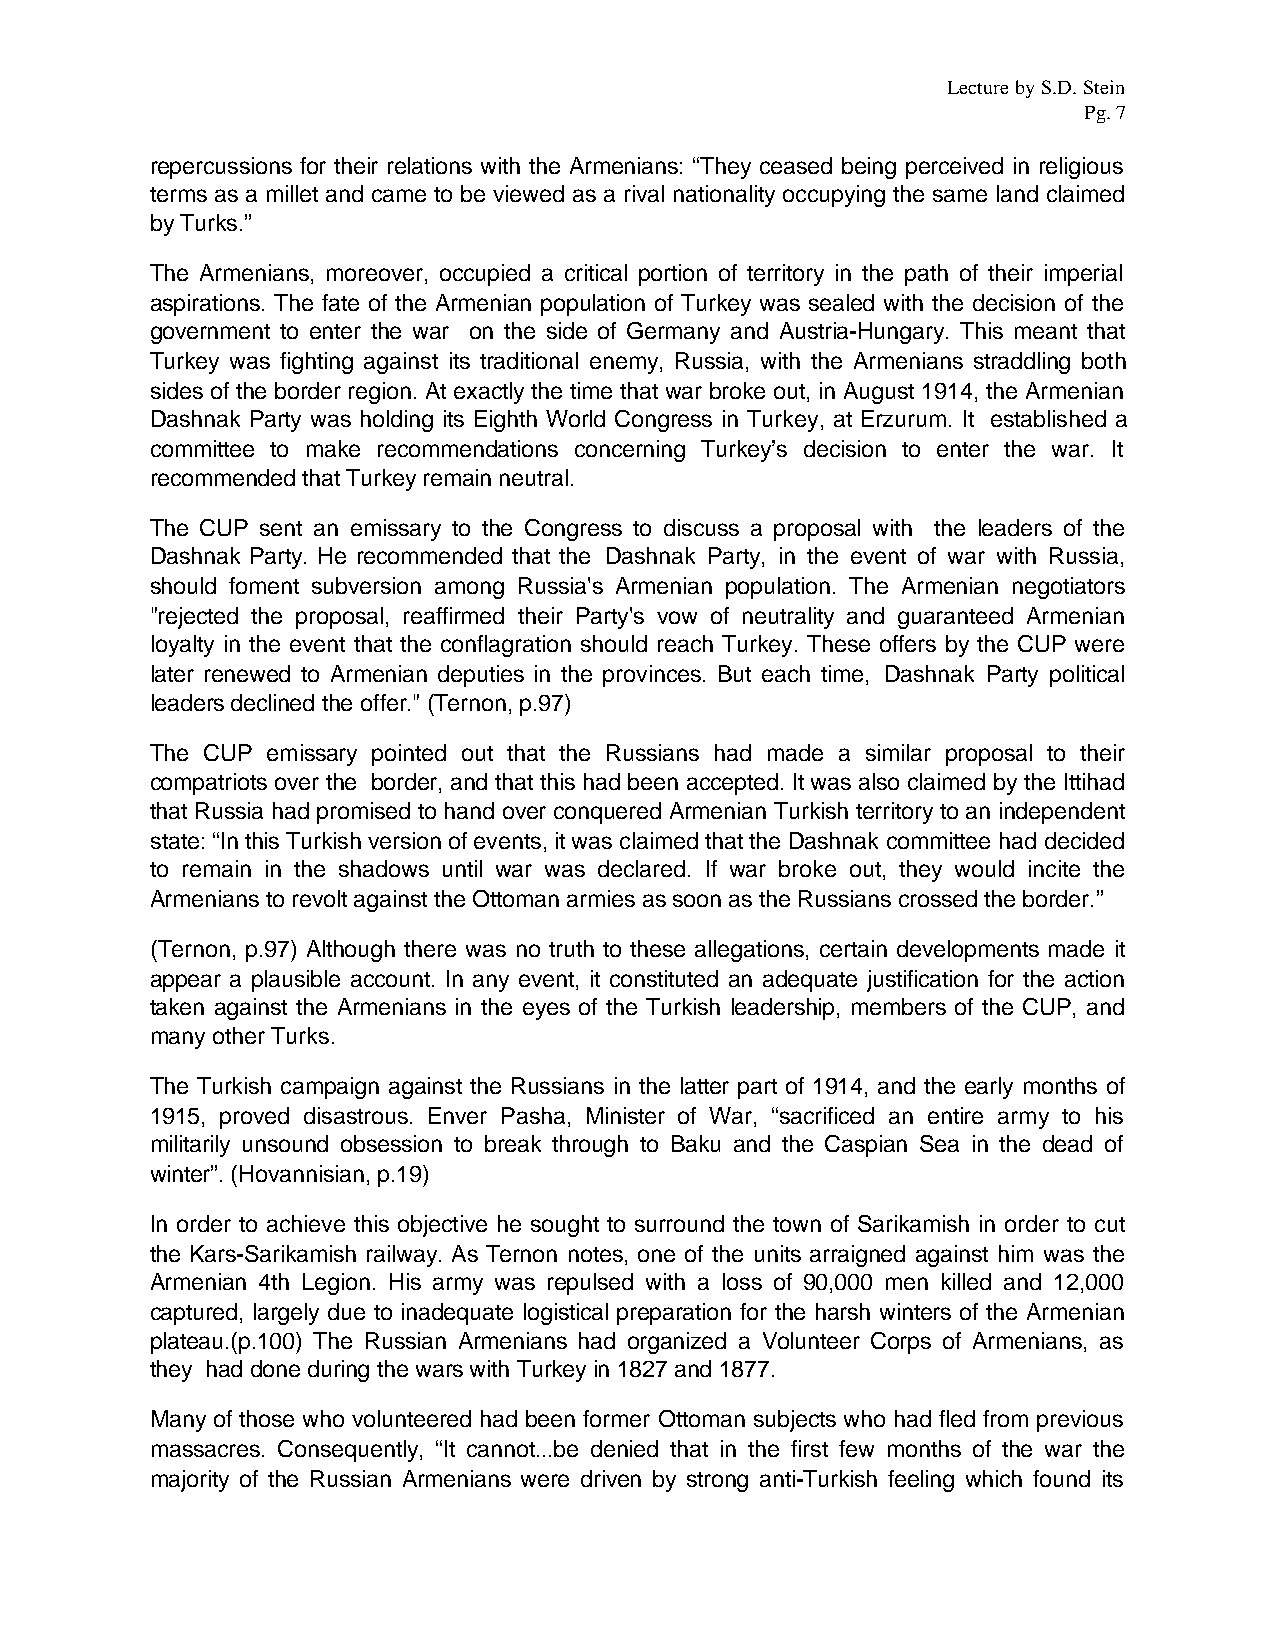
Lecture by S.D. Stein
 Pg. 7
 repercussions for their relations with the Armenians: “They ceased being perceived in religious
 terms as a millet and came to be viewed as a rival nationality occupying the same land claimed
 by Turks.”
 The Armenians, moreover, occupied a critical portion of territory in the path of their imperial
 aspirations. The fate of the Armenian population of Turkey was sealed with the decision of the
 government to enter the war on the side of Germany and Austria-Hungary. This meant that
 Turkey was fighting against its traditional enemy, Russia, with the Armenians straddling both
 sides of the border region. At exactly the time that war broke out, in August 1914, the Armenian
 Dashnak Party was holding its Eighth World Congress in Turkey, at Erzurum. It established a
 committee to make recommendations concerning Turkey’s decision to enter the war. It
 recommended that Turkey remain neutral.
 The CUP sent an emissary to the Congress to discuss a proposal with the leaders of the
 Dashnak Party. He recommended that the Dashnak Party, in the event of war with Russia,
 should foment subversion among Russia's Armenian population. The Armenian negotiators
 "rejected the proposal, reaffirmed their Party's vow of neutrality and guaranteed Armenian
 loyalty in the event that the conflagration should reach Turkey. These offers by the CUP were
 later renewed to Armenian deputies in the provinces. But each time, Dashnak Party political
 leaders declined the offer." (Ternon, p.97)
 The CUP emissary pointed out that the Russians had made a similar proposal to their
 compatriots over the border, and that this had been accepted. It was also claimed by the Ittihad
 that Russia had promised to hand over conquered Armenian Turkish territory to an independent
 state: “In this Turkish version of events, it was claimed that the Dashnak committee had decided
 to remain in the shadows until war was declared. If war broke out, they would incite the
 Armenians to revolt against the Ottoman armies as soon as the Russians crossed the border.”
 (Ternon, p.97) Although there was no truth to these allegations, certain developments made it
 appear a plausible account. In any event, it constituted an adequate justification for the action
 taken against the Armenians in the eyes of the Turkish leadership, members of the CUP, and
 many other Turks.
 The Turkish campaign against the Russians in the latter part of 1914, and the early months of
 1915, proved disastrous. Enver Pasha, Minister of War, “sacrificed an entire army to his
 militarily unsound obsession to break through to Baku and the Caspian Sea in the dead of
 winter”. (Hovannisian, p.19)
 In order to achieve this objective he sought to surround the town of Sarikamish in order to cut
 the Kars-Sarikamish railway. As Ternon notes, one of the units arraigned against him was the
 Armenian 4th Legion. His army was repulsed with a loss of 90,000 men killed and 12,000
 captured, largely due to inadequate logistical preparation for the harsh winters of the Armenian
 plateau.(p.100) The Russian Armenians had organized a Volunteer Corps of Armenians, as
 they had done during the wars with Turkey in 1827 and 1877.
 Many of those who volunteered had been former Ottoman subjects who had fled from previous
 massacres. Consequently, “It cannot...be denied that in the first few months of the war the
 majority of the Russian Armenians were driven by strong anti-Turkish feeling which found its